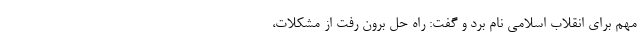
مهم برای انقلاب اسلامی نام برد و گفت: راه حل برون رفت از مشکلات،